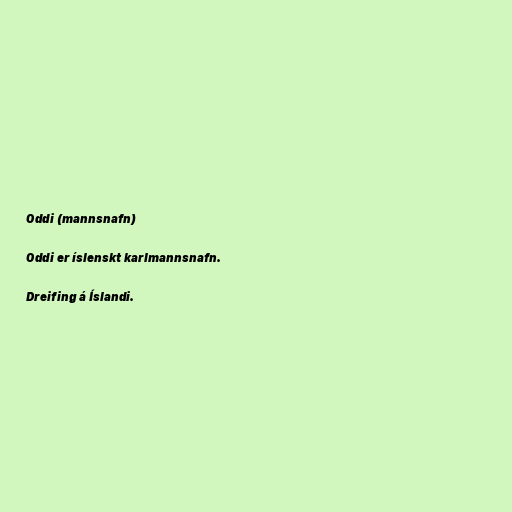
Oddi (mannsnafn)

Oddi er íslenskt karlmannsnafn.

Dreifing á Íslandi.